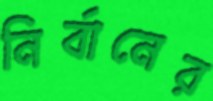
নির্বানের